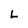
Character: L